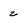
Character: z